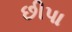
છીપા